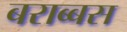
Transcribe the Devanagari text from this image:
बराब्बस